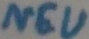
Text: NEU